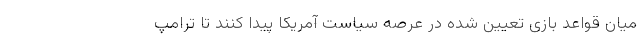
میان قواعد بازی تعیین شده در عرصه سیاست آمریکا پیدا کنند تا ترامپ